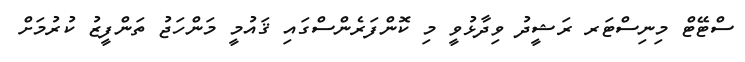
ސްޓޭޓް މިނިސްޓަރ ރަޝީދު ވިދާޅުވީ މި ކޮންފަރެންސްގައި ޤައުމީ މަންހަޖު ތަންފީޒު ކުރުމަށް